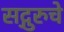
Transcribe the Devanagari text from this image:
सद्गुरुचे